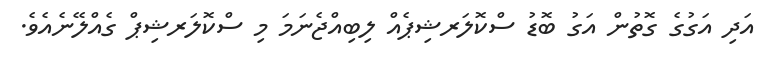
އަދި އަގުގެ ގޮތުން އަގު ބޮޑު ސްކޮލަރޝިޕެއް ލިބިއްޖެނަމަ މި ސްކޮލަރޝިޕް ގެއްލޭނެއެވެ.